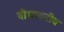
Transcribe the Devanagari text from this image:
बौधायनीय